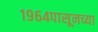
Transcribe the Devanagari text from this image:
१९६४पासूनच्या